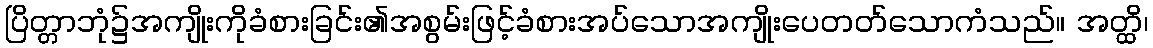
ပြိတ္တာဘုံ၌အကျိုးကိုခံစားခြင်း၏အစွမ်းဖြင့်ခံစားအပ်သောအကျိုးပေတတ်သောကံသည်။ အတ္ထိ၊